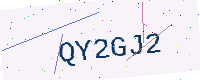
Text: QY2GJ2